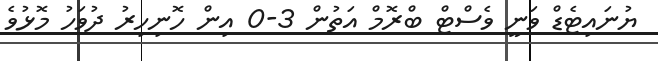
ޔުނައިޓެޑް ވަނީ ވެސްޓް ބްރޮމް އަތުން 3-0 އިން ހޮނިހިރު ދުވަހު މޮޅުވެ